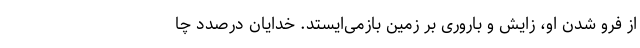
از فرو شدن او، زایش و باروری بر زمین بازمی‌ایستد. خدایان درصدد چا